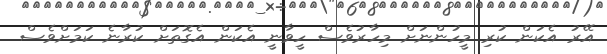
އޭރު އެކަން ކުރި މީހުންނަށް މިހާރުވެސް ހީވާނީ އެކަން އެގޮތަށް ކުރާނެ ކަމަށްވެސް